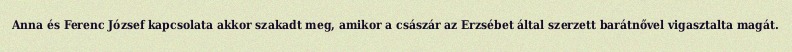
Anna és Ferenc József kapcsolata akkor szakadt meg, amikor a császár az Erzsébet által szerzett barátnővel vigasztalta magát.